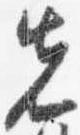
先